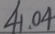
4 1 . 0 4